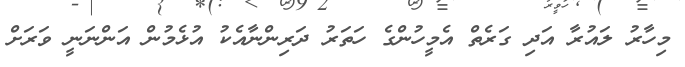
މިހާރު ލައުރާ އަދި ގަރެތް އެމީހުންގެ ހަތަރު ދަރިންނާއެކު އުޅެމުން އަންނަނީ ވަރަށް